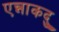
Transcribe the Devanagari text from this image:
एन्नाकदु